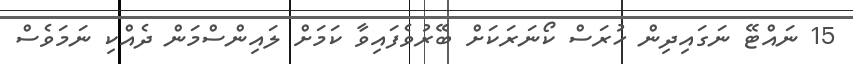
15 ނައްޓޭ ނަގައިދިން ހުރަސް ކޯނަރަކަށް ބޭރުވެފައިވާ ކަމަށް ލައިންސްމަން ދެއްކި ނަމަވެސް